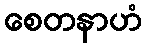
စေတနာဟံ